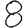
Digit: 8